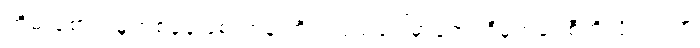
တိမ်းစောင်းမှုတစ်ခုခုဖြစ်တာနဲ့ တိုင်းပြည်ပေါ်မှာရော၊ ဒီမိုကရေစီကိုလိုလားတဲ့